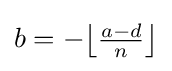
{\textstyle b=-\!\left\lfloor {\frac {a-d}{n}}\right\rfloor }